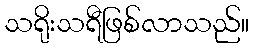
သရိုးသရီဖြစ်လာသည်။